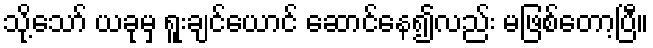
သို့သော် ယခုမှ ရူးချင်ယောင် ဆောင်နေ၍လည်း မဖြစ်တော့ပြီ။